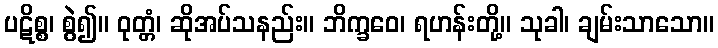
ပဋိစ္စ၊ စွဲ၍။ ဝုတ္တံ၊ ဆိုအပ်သနည်း။ ဘိက္ခဝေ၊ ရဟန်းတို့။ သုခါ၊ ချမ်းသာသော။